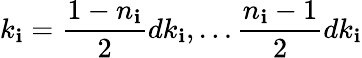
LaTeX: k_{\mathbf{i}}=\frac{{1-n_{\mathbf{i}}}}{{2}}dk_{\mathbf{i}},\ldots\frac{{n_{\mathbf{i}}-1}}{{2}}dk_{\mathbf{i}}